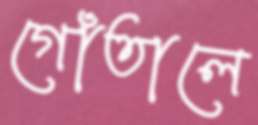
গোঁতালে